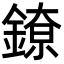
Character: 𬫴